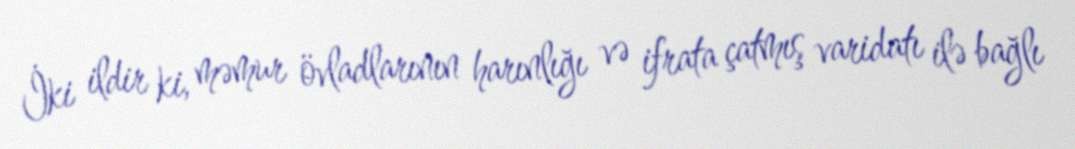
İki ildir ki, məmur övladlarının harınlığı və ifrata çatmış varidatı ilə bağlı